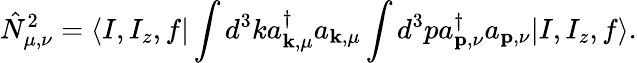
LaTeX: \hat{N}_{\mu,\nu}^{2}=\langle I,I_{z},f|\int d^{3}ka_{{\mathbf k},\mu}^{\dagger}a_{{\mathbf k},\mu}\int d^{3}pa_{{\mathbf p},\nu}^{\dagger}a_{{\mathbf p},\nu}|I,I_{z},f\rangle.